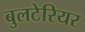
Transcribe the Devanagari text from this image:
बुलटेरियर